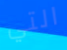
التي